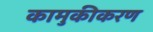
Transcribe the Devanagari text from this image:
कामुकीकरण